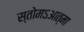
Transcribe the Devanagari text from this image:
स्तोमऽआत्मा